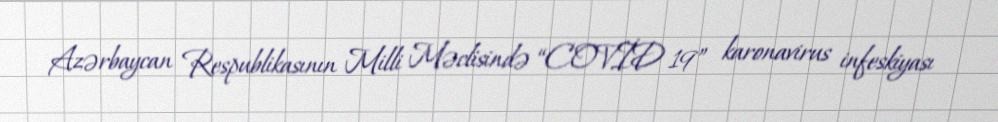
Azərbaycan Respublikasının Milli Məclisində “COVİD 19” karonavirus infeskiyası